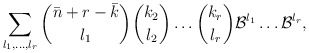
\begin{align*}\sum_{l_{1},\dots,l_{r}}\binom{\bar{n}+r-\bar{k}}{l_{1}}\binom{k_{2}}{l_{2}}\dots\binom{k_{r}}{l_{r}}\mathcal{B}^{l_{1}}\dots\mathcal{B}^{l_{r}},\end{align*}